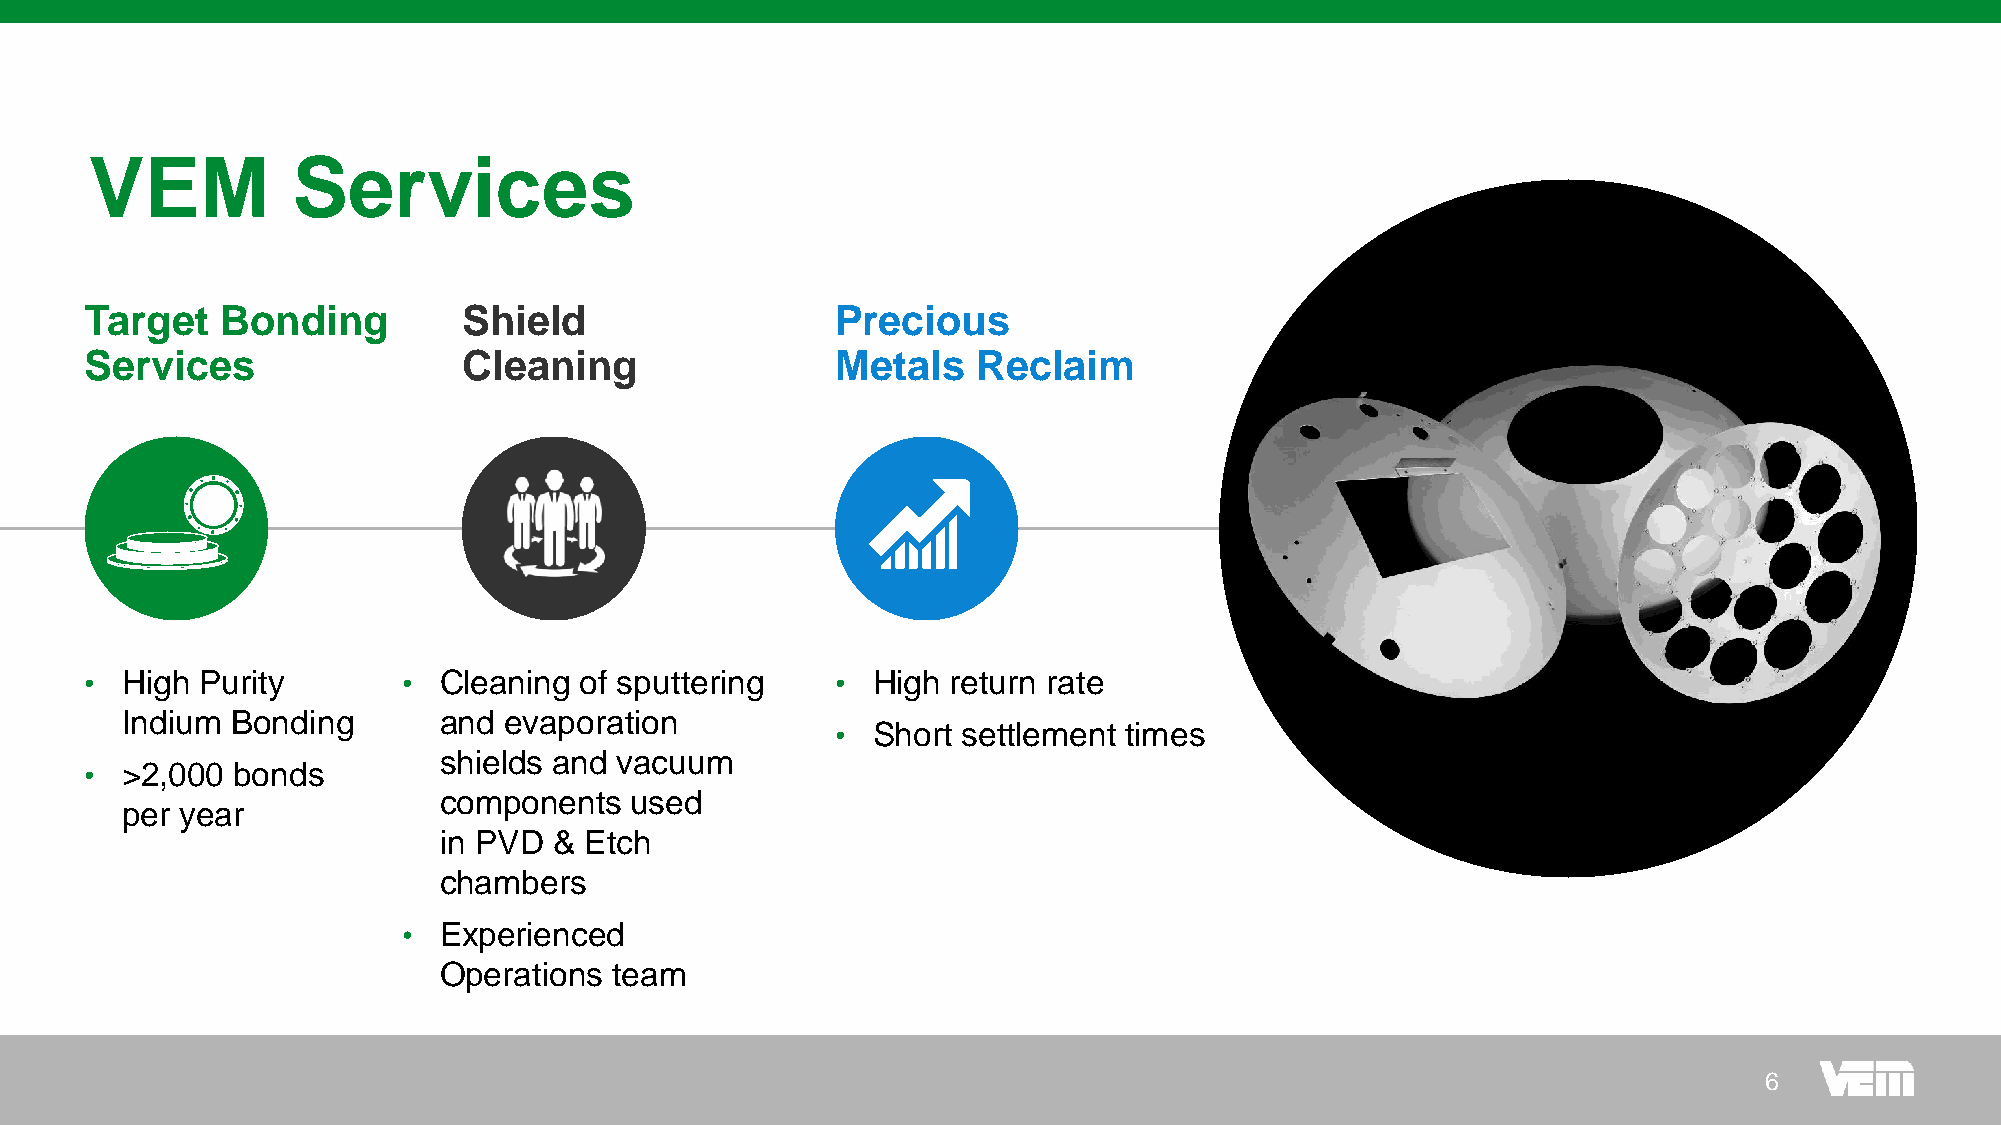
VEM          Services
 Target   Bonding         Shield                  Precious
 Services                 Cleaning                Metals    Reclaim
 • High Purity        • Cleaning of sputtering    •  High return rate
 Indium Bonding       and evaporation
 •  Short settlement times
 shields and vacuum
 • >2,000 bonds
 components   used
 per year
 in PVD  & Etch
 chambers
 • Experienced
 Operations  team
 6